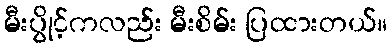
မီးပွိုင့်ကလည်း မီးစိမ်း ပြထားတယ်။